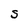
Character: S